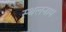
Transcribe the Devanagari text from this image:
स्थलनाम